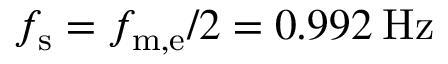
f _ { \mathrm { s } } = f _ { \mathrm { m , e } } / 2 = 0 . 9 9 2 \: \mathrm { H z }